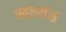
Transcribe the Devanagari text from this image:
स्वल्पांश